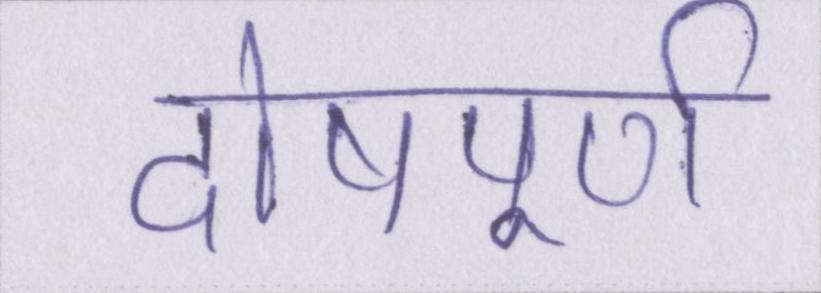
दोषपूर्ण